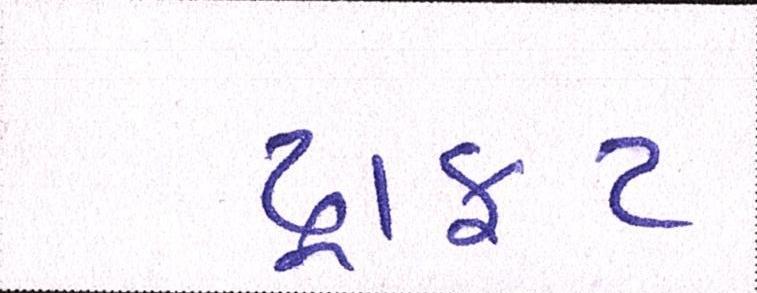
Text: ડ્રાફટ